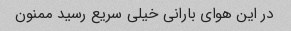
در این هوای بارانی خیلی سریع رسید ممنون